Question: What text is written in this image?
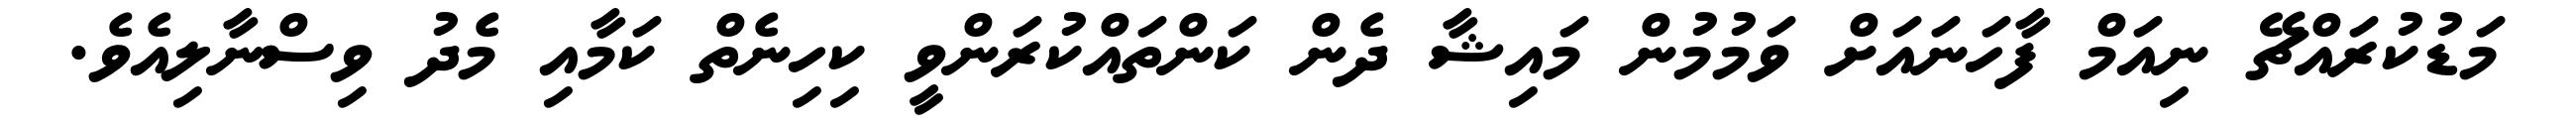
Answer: މަޑުކުރައްޗޭ ނިއަމް ފާހަނައަށް ވަމުމުން މައިޝާ ދެން ކަންތައްކުރަންވީ ކިހިނެތް ކަމާއި މެދު ވިސްނާލިއެވެ.